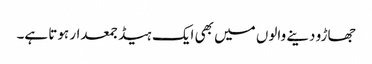
جھاڑو دینے والوں میں بھی ایک ہیڈ جمعدار ہوتا ہے۔